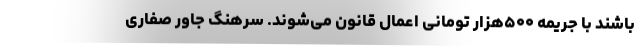
باشند با جریمه ۵۰۰هزار تومانی اعمال قانون می‌شوند. سرهنگ جاور صفاری